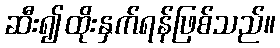
ဆီး၍ထိုးနှက်ရန်ဖြစ်သည်။